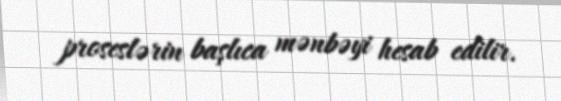
proseslərin başlıca mənbəyi hesab edilir.